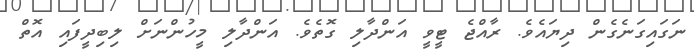
ނަގައިގަނެގެން ދިޔައެވެ. ރާއްޖެ ޓީވީ އަންދާލި ގޮތެވެ. އަންދާލި މީހުންނަށް ލިބިދީފައި އޮތް